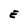
Character: E